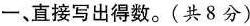
一、直接写出得数。(共8分)